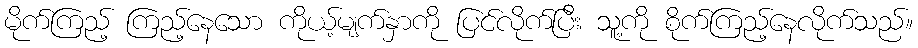
မိုက်ကြည့် ကြည့်နေသော ကိုယ့်မျက်နှာကို ပြင်လိုက်ပြီး သူ့ကို စိုက်ကြည့်နေလိုက်သည်။